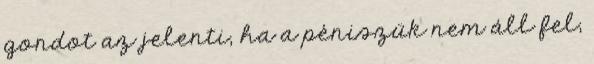
gondot az jelenti, ha a péniszük nem áll fel,